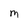
Character: M